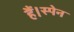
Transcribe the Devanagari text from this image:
हैं।स्पेन